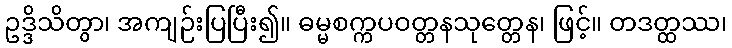
ဥဒ္ဒိသိတွာ၊ အကျဉ်းပြပြီး၍။ ဓမ္မစက္ကပဝတ္တနသုတ္တေန၊ ဖြင့်။ တဒတ္ထဿ၊